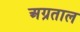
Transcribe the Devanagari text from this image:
अग्रताल